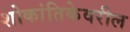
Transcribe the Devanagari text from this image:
शोकांतिकेवरील